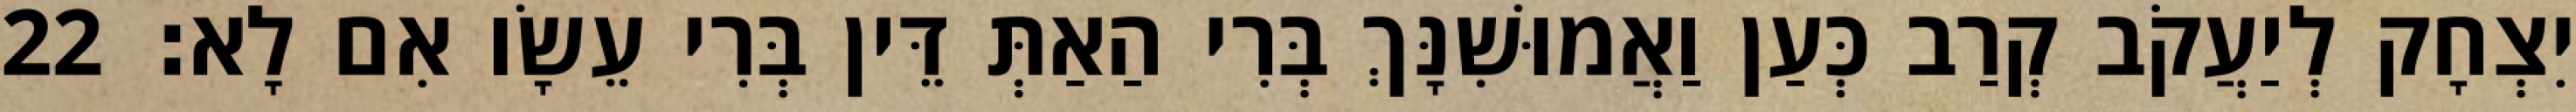
יִצְחָק לְיַעֲקֹב קְרַב כְּעַן וַאֲמוּשִׁנָּךְ בְּרִי הַאַתְּ דֵּין בְּרִי עֵשָׂו אִם לָא׃ 22